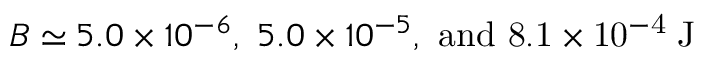
B \simeq 5 . 0 \times 1 0 ^ { - 6 } , \ 5 . 0 \times 1 0 ^ { - 5 } , \ \mathrm { { a n d } \ 8 . 1 \times 1 0 ^ { - 4 } \; \mathrm { { J } } }